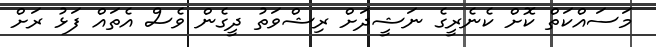
މަސައްކަތް ކޮށް ކެނެރީގެ ނަޝީދަށް ރިޝްވަތު ދީގެން ވެސް އެތައް ފަޅު ރަށް